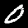
Digit: 0